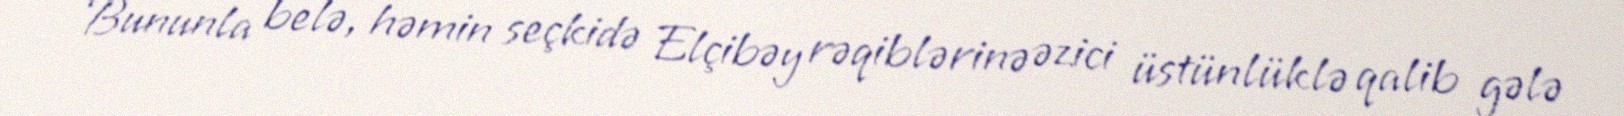
Bununla belə, həmin seçkidə Elçibəy rəqiblərinə əzici üstünlüklə qalib gələ